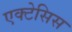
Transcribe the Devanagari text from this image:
एक्टेसिस